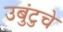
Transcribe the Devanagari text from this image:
उबुंटुचे